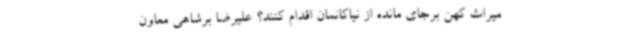
میراث‌ کهن برجای مانده از نیاکانمان اقدام کنند؟ علیرضا برشاهی معاون